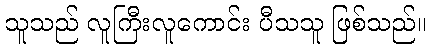
သူသည် လူကြီးလူကောင်း ပီသသူ ဖြစ်သည်။